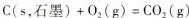
$$c ( s ，石 墨 ) + O _ { 2 }，( g ) = C O _ { 2 } ( g )$$